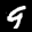
Label: 9